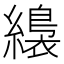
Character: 𦆚